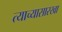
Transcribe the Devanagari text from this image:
त्याच्यासारखा